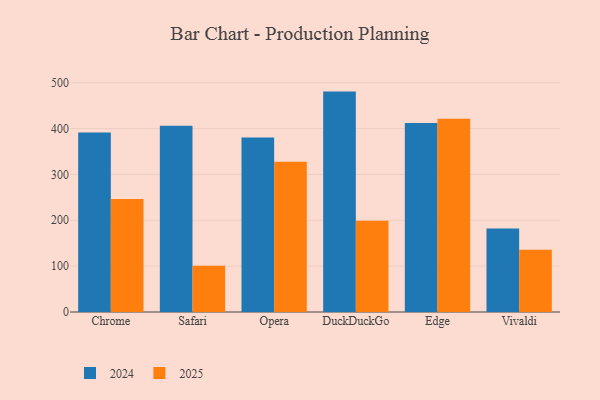
{"axis": {"x": "Browser", "y": "Headcount"}, "legend": ["2024", "2025"], "data": [{"x": "Chrome", "y": 391.5, "type": "2024"}, {"x": "Chrome", "y": 246.4, "type": "2025"}, {"x": "Safari", "y": 406.4, "type": "2024"}, {"x": "Safari", "y": 101.0, "type": "2025"}, {"x": "Opera", "y": 380.6, "type": "2024"}, {"x": "Opera", "y": 327.5, "type": "2025"}, {"x": "DuckDuckGo", "y": 480.6, "type": "2024"}, {"x": "DuckDuckGo", "y": 198.9, "type": "2025"}, {"x": "Edge", "y": 412.1, "type": "2024"}, {"x": "Edge", "y": 421.4, "type": "2025"}, {"x": "Vivaldi", "y": 182.3, "type": "2024"}, {"x": "Vivaldi", "y": 136.0, "type": "2025"}]}